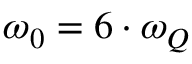
\omega _ { 0 } = 6 \cdot \omega _ { Q }